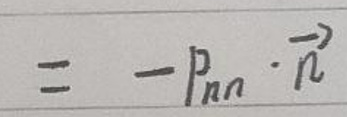
\[= - p_{nn} \cdot \vec{n}\]